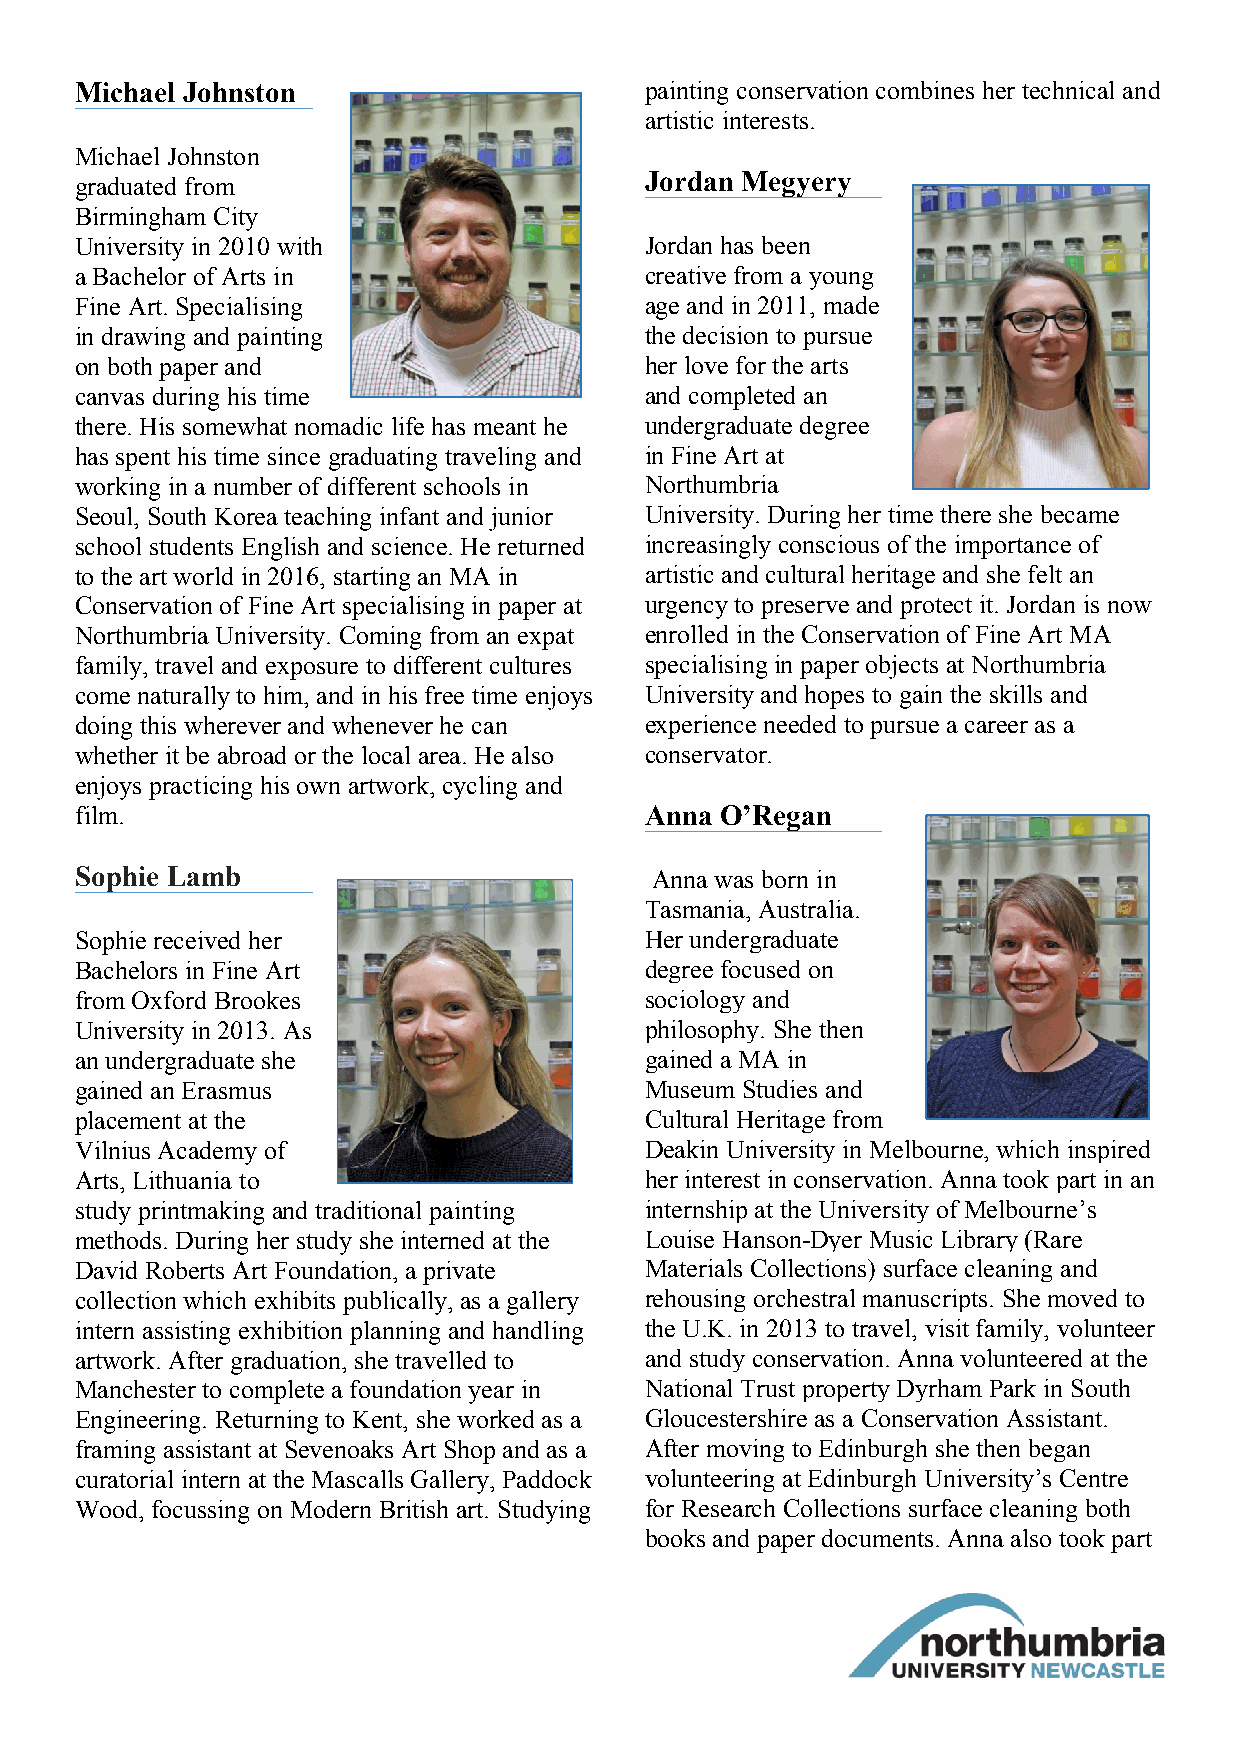
Michael Johnston                      painting conservation combines her technical and
 artistic interests.
 Michael Johnston
 Jordan Megyery
 graduated from
 Birmingham City
 University in 2010 with               Jordan has been
 a Bachelor of Arts in                 creative from a young
 Fine Art. Specialising                age and in 2011, made
 in drawing and painting               the decision to pursue
 on both paper and                     her love for the arts
 canvas during his time                and completed an
 there. His somewhat nomadic life has meant he undergraduate degree
 has spent his time since graduating traveling and in Fine Art at
 working in a number of different schools in Northumbria
 Seoul, South Korea teaching infant and junior University. During her time there she became
 school students English and science. He returned increasingly conscious of the importance of
 to the art world in 2016, starting an MA in artistic and cultural heritage and she felt an
 Conservation of Fine Art specialising in paper at urgency to preserve and protect it. Jordan is now
 Northumbria University. Coming from an expat enrolled in the Conservation of Fine Art MA
 family, travel and exposure to different cultures specialising in paper objects at Northumbria
 come naturally to him, and in his free time enjoys University and hopes to gain the skills and
 doing this wherever and whenever he can experience needed to pursue a career as a
 whether it be abroad or the local area. He also conservator.
 enjoys practicing his own artwork, cycling and
 film.                                 Anna O’Regan
 Sophie Lamb                           Anna was born in
 Tasmania, Australia.
 Sophie received her                   Her undergraduate
 Bachelors in Fine Art                 degree focused on
 from Oxford Brookes                   sociology and
 University in 2013. As                philosophy. She then
 an undergraduate she                  gained a MA in
 gained an Erasmus                     Museum Studies and
 placement at the                      Cultural Heritage from
 Vilnius Academy of                    Deakin University in Melbourne, which inspired
 Arts, Lithuania to                    her interest in conservation. Anna took part in an
 study printmaking and traditional painting internship at the University of Melbourne’s
 methods. During her study she interned at the Louise Hanson-Dyer Music Library (Rare
 David Roberts Art Foundation, a private Materials Collections) surface cleaning and
 collection which exhibits publically, as a gallery rehousing orchestral manuscripts. She moved to
 intern assisting exhibition planning and handling the U.K. in 2013 to travel, visit family, volunteer
 artwork. After graduation, she travelled to and study conservation. Anna volunteered at the
 Manchester to complete a foundation year in National Trust property Dyrham Park in South
 Engineering. Returning to Kent, she worked as a Gloucestershire as a Conservation Assistant.
 framing assistant at Sevenoaks Art Shop and as a After moving to Edinburgh she then began
 curatorial intern at the Mascalls Gallery, Paddock volunteering at Edinburgh University’s Centre
 Wood, focussing on Modern British art. Studying for Research Collections surface cleaning both
 books and paper documents. Anna also took part